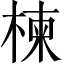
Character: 楝